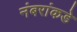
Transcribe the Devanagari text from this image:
नंबरांकडे